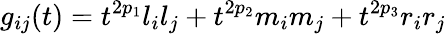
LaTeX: g_{ij}(t)=t^{2p_{1}}l_{i}l_{j}+t^{2p_{2}}m_{i}m_{j}+t^{2p_{3}}r_{i}r_{j}